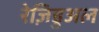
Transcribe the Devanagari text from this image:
रेज़िडुअल